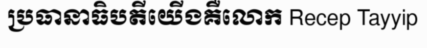
ប្រធានាធិបតីយើងគឺលោក Recep Tayyip